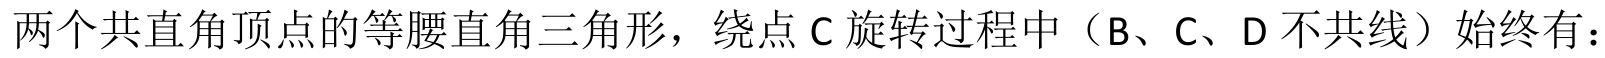
两个共直角顶点的等腰直角三角形，绕点\(C\)旋转过程中（\(B\)、\(C\)、\(D\)不共线）始终有：